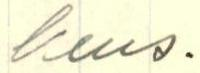
keus.